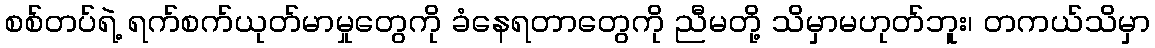
စစ်တပ်ရဲ့ ရက်စက်ယုတ်မာမှုတွေကို ခံနေရတာတွေကို ညီမတို့ သိမှာမဟုတ်ဘူး၊ တကယ်သိမှာ